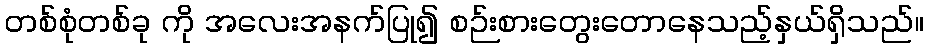
တစ်စုံတစ်ခု ကို အလေးအနက်ပြု၍ စဉ်းစားတွေးတောနေသည့်နှယ်ရှိသည်။